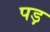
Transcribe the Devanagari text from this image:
पड़़